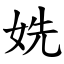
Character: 姺